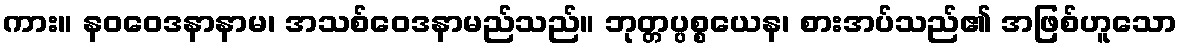
ကား။ နဝဝေဒနာနာမ၊ အသစ်ဝေဒနာမည်သည်။ ဘုတ္တပ္ပစ္စယေန၊ စားအပ်သည်၏ အဖြစ်ဟူသော